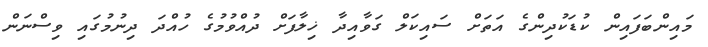
މައިންބަފައިން ކުޑަކުދިންގެ އަތަށް ސައިކަލް ގަވާއިދާ ޚިލާފަށް ދުއްވުމުގެ ހުއްދަ ދިނުމުގައި ވިސްނަން